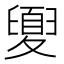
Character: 𡕻